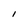
Character: l